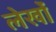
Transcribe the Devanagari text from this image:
लेखोंं